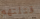
قتلتهم